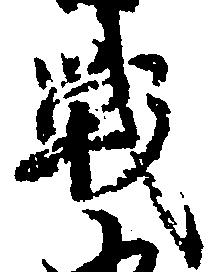
戦